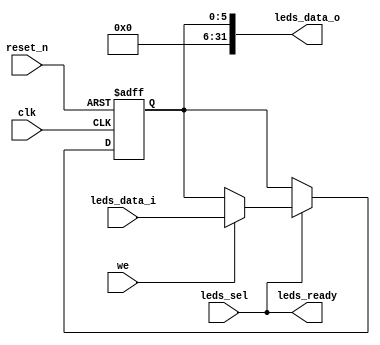
/* Copyright 2024 Grug Huhler.  License SPDX BSD-2-Clause. */

// tang_leds is a toy peripheral that allows software on the
// core to write to a register that controls the LEDs on the
// Tang Nano 9K board.  It can also read this register,

module tang_leds
  (
   input wire         clk,
   input wire         reset_n,
   input wire         leds_sel,
   input wire [5:0]   leds_data_i,
   input wire         we,
   output wire        leds_ready,
   output wire [31:0] leds_data_o
   );

   reg [5:0]          leds = 'b0;

   assign leds_data_o = {26'b00000000000000000000000000, leds};
   assign leds_ready = leds_sel;

   always @(posedge clk or negedge reset_n)
     if (!reset_n) 
       leds <= 'b0;
     else if (leds_sel)
       if (we) leds <= leds_data_i;

endmodule // leds